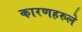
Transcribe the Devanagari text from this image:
कारणहरुले